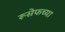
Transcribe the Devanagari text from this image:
रूसेफच्या